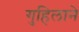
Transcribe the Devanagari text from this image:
गुहिलाने